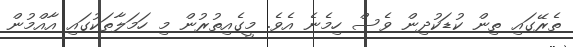
ތެރޭގައި ތިން ކުޑަކުދިން ވެސް ހިމެނެ އެވެ. މީގެއިތުރުން މި ހަމަލާތަކުގައި އާއްމުން